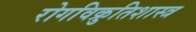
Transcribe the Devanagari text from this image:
रोगविक्रुतिशास्त्र